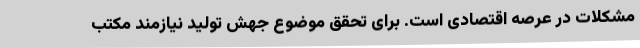
مشکلات در عرصه اقتصادی است. برای تحقق موضوع جهش تولید نیازمند مکتب